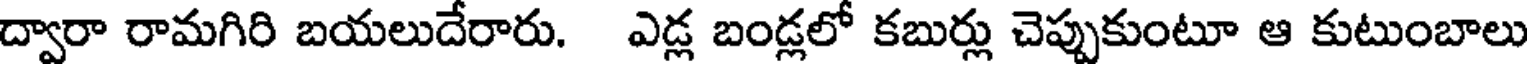
ద్వారా రామగిరి బయలుదేరారు. ఎడ్ల బండ్లలో కబుర్లు చెప్పుకుంటూ ఆ కుటుంబాలు